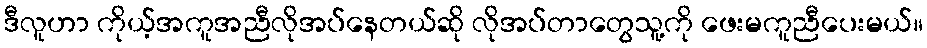
ဒီလူဟာ ကိုယ့်အကူအညီလိုအပ်နေတယ်ဆို လိုအပ်တာတွေသူ့ကို ဖေးမကူညီပေးမယ်။